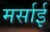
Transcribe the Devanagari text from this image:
मर्साई